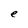
Character: e